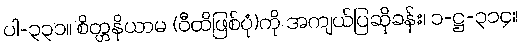
ပါ-၃၃၁။ စိတ္တနိယာမ (ဝီထိဖြစ်ပုံ)ကို အကျယ်ပြဆိုခန်း၊ ၁-ဋ္ဌ-၃၁၄။